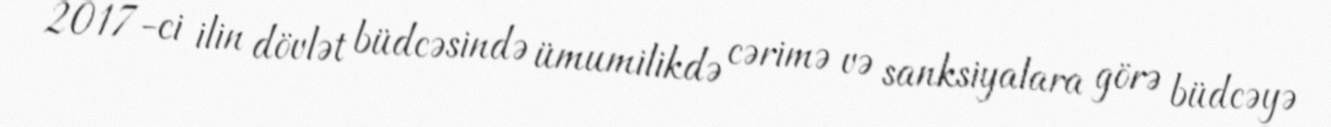
2017-ci ilin dövlət büdcəsində ümumilikdə cərimə və sanksiyalara görə büdcəyə